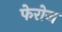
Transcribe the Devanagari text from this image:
फेरोज